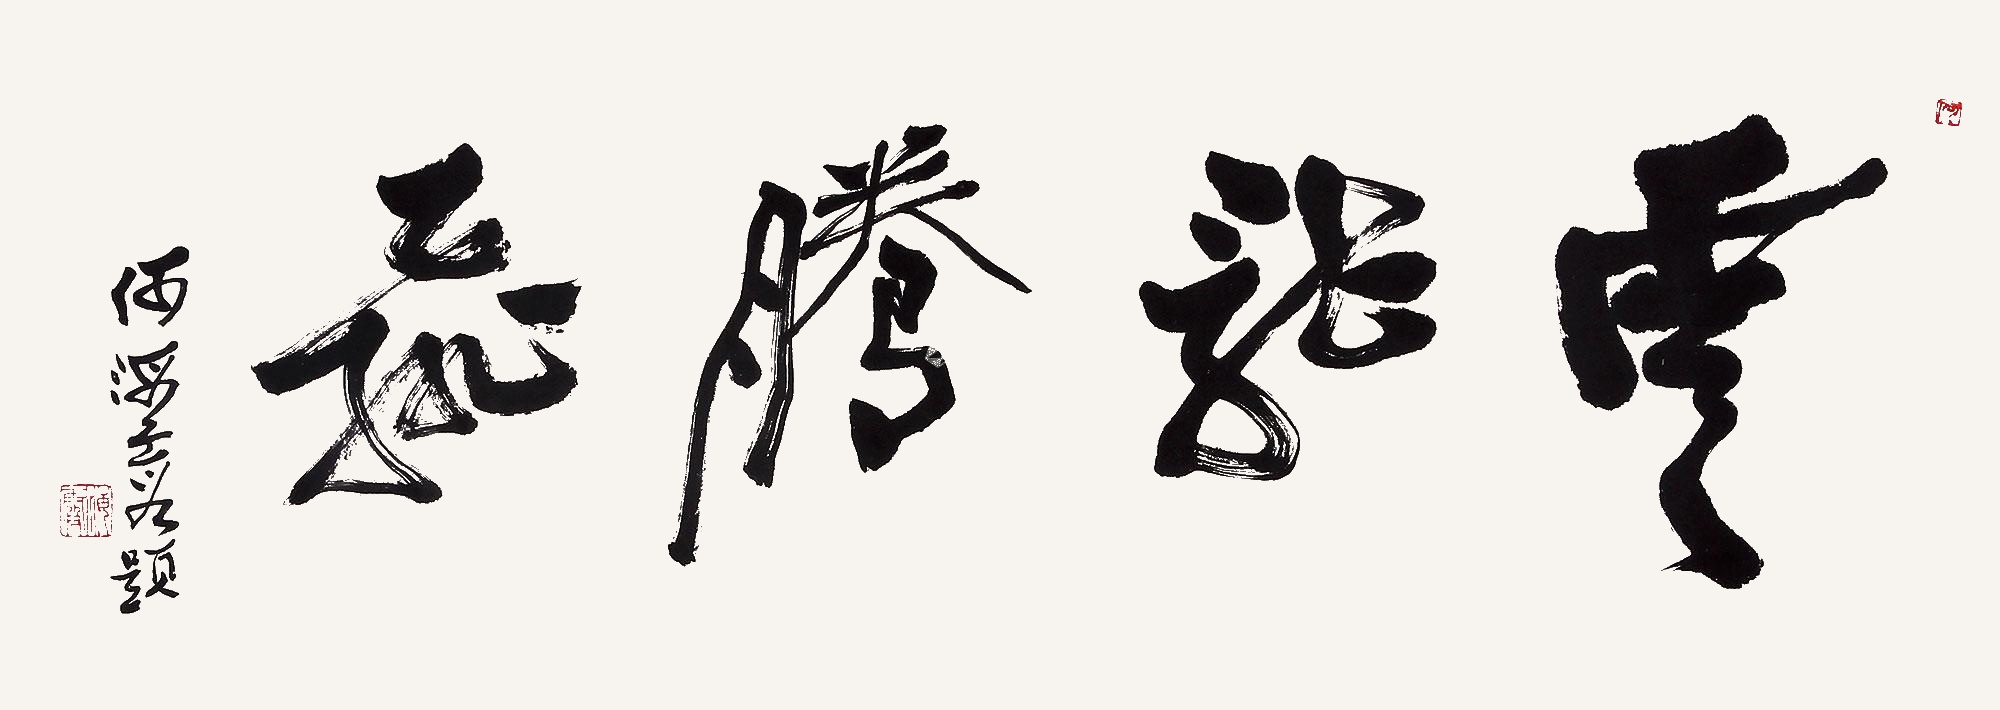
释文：云龙腾飞何海霞题。